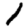
Digit: 1